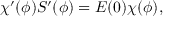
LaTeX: \chi ^ { \prime } ( \phi ) S ^ { \prime } ( \phi ) = E ( 0 ) \chi ( \phi ) ,